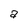
Character: a